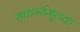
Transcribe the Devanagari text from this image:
साधर्म्यमूलक